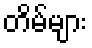
တိမ်များ